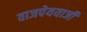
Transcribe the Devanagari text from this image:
वाजपेययाजी